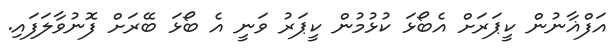
އަފްޣާނުން ކީޕަރަށް އެބޯޅަ ކުޅުމުން ކީޕަރު ވަނީ އެ ބޯޅަ ބޭރަށް ފޮނުވާލަފައި.